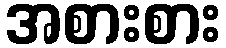
အစားစား